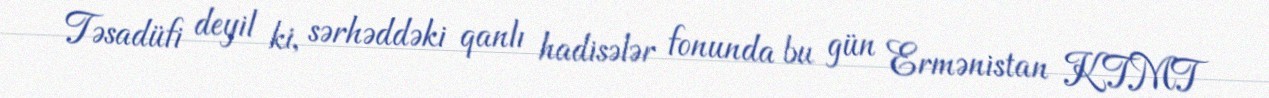
Təsadüfi deyil ki, sərhəddəki qanlı hadisələr fonunda bu gün Ermənistan KTMT